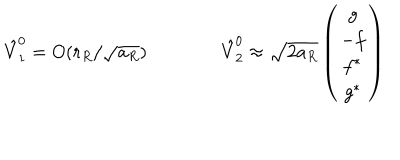
LaTeX: \hat { V } _ { 1 } ^ { 0 } = O ( r _ { R } / \sqrt { a _ { R } } ) \qquad \qquad \hat { V } _ { 2 } ^ { 0 } \approx \sqrt { 2 a _ { R } } \left( \begin{array} { c } { { g } } \\ { { - f } } \\ { { f ^ { * } } } \\ { { g ^ { * } } } \\ \end{array} \right)